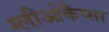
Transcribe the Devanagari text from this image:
ग्लीओकैप्सा